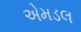
એમડલ